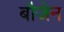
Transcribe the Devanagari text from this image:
बौजेन